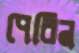
পেরিন